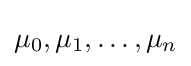
\mu _{0},\mu _{1},\dots ,\mu _{n}